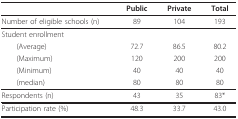
|  | Public | Private | Total |
 | --- | --- | --- | --- |
 | Number of eligible schools (n) | 89 | 104 | 193 |
 | Student enrollment |  |  |  |
 | (Average) | 72.7 | 86.5 | 80.2 |
 | (Maximum) | 120 | 200 | 200 |
 | (Minimum) | 40 | 40 | 40 |
 | (median) | 80 | 80 | 80 |
 | Respondents (n) | 43 | 35 | 83* |
 | Participation rate (%) | 48.3 | 33.7 | 43.0 |